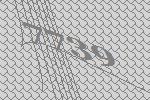
7739